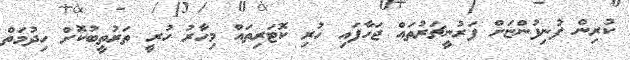
ކުރިން ފުނިފުންޏަށް ފަރުނީޗަރުތައް ޖަހާފައި ހުރި ކޮޓަރިތައް މިހާރު ހުރީ ތަރުތީބުކޮށް ހިދުމަތް